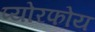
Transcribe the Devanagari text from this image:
प्योरफोय